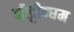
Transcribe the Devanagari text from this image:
नौट्टीन्घम